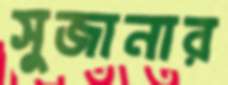
সুজানার